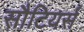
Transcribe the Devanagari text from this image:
सौटियर्स